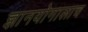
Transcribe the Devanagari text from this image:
ज्ञानयोगालाच